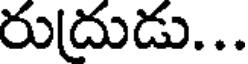
రుదుడు...